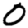
Digit: 0